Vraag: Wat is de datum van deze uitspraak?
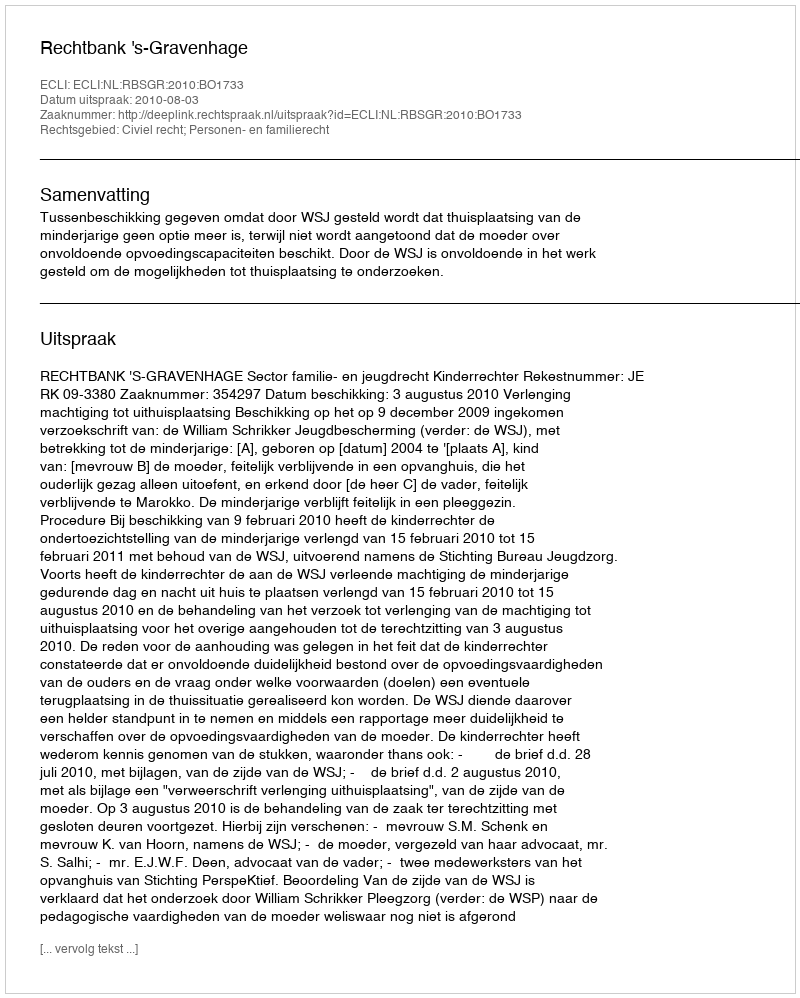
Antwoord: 2010-08-03